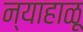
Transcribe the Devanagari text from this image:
न्याहाळू